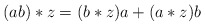
\begin{align*}(ab)*z=(b*z)a+(a*z)b\end{align*}